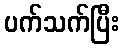
ပက်သက်ပြီး